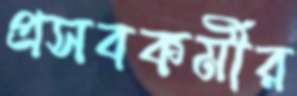
প্রসবকর্মীর